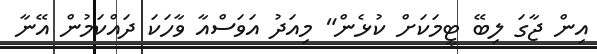
އިން ޖާގަ ލިބޭ ޓީމަކަށް ކުޅެން" މިއަދު އަވަސްއާ ވާހަކަ ދައްކަމުން އޭނާ